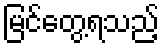
မြင်တွေ့ရသည့်